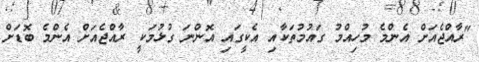
"ރާއްޖެއަށް އެންމެ މުހިއްމު ގައުމުތަކާއި އެކީގައި އޮންނަ ގުޅުމަކީ ރާއްޖެއަށް އެންމެ ބޮޑަށް